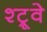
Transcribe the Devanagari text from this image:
श्ट्रूवे